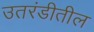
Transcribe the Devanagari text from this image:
उतरंडीतील